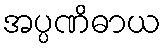
အပ္ပဏိဓာယ